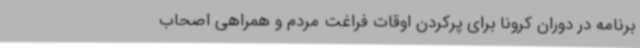
برنامه در دوران کرونا برای پرکردن اوقات فراغت مردم و همراهی اصحاب